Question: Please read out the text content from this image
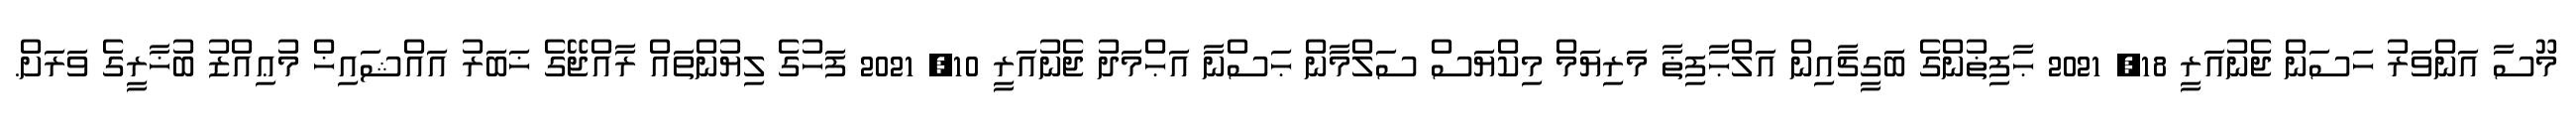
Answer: މޫސާ އަންވަރު ހަސަން ޖެނުއަރީ 18, 2021 ޙާފިޡުންގެ ބަގީޗާއިން އަލްޙާފިޡާ މަރިޔަމް މިކްޔަސް ސަލްމާން ޙަސްނާ އަޙްމަދު ޖެނުއަރީ 10, 2021 ފަހުގެ ލިޔުންތައް ރާއްޖޭގެ ޚަބަރު އައްޝައިޚް މުޢިއްޒު ބުޚާރީގެ ވަރަށް.